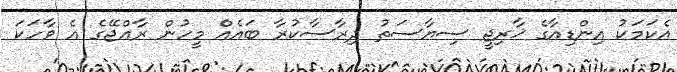
އެކަމަކު އިންޑިއާގެ ޚާރިޖީ ސިޔާސަތު ދިރާސާކުރާ ބައެއް މީހުން ރާއްޖޭގެ އެ ވާހަކަ